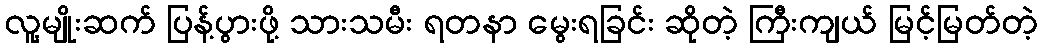
လူ့မျိုးဆက် ပြန့်ပွားဖို့ သားသမီး ရတနာ မွေးရခြင်း ဆိုတဲ့ ကြီးကျယ် မြင့်မြတ်တဲ့